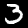
Label: 3